画像に写った文字を読んでください
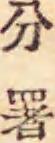
「分署」と書いてあります